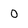
Character: 0